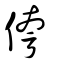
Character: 侉